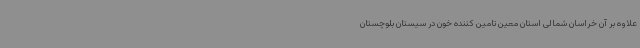
علاوه بر آن خراسان شمالی استان معین تامین کننده خون در سیستان بلوچستان